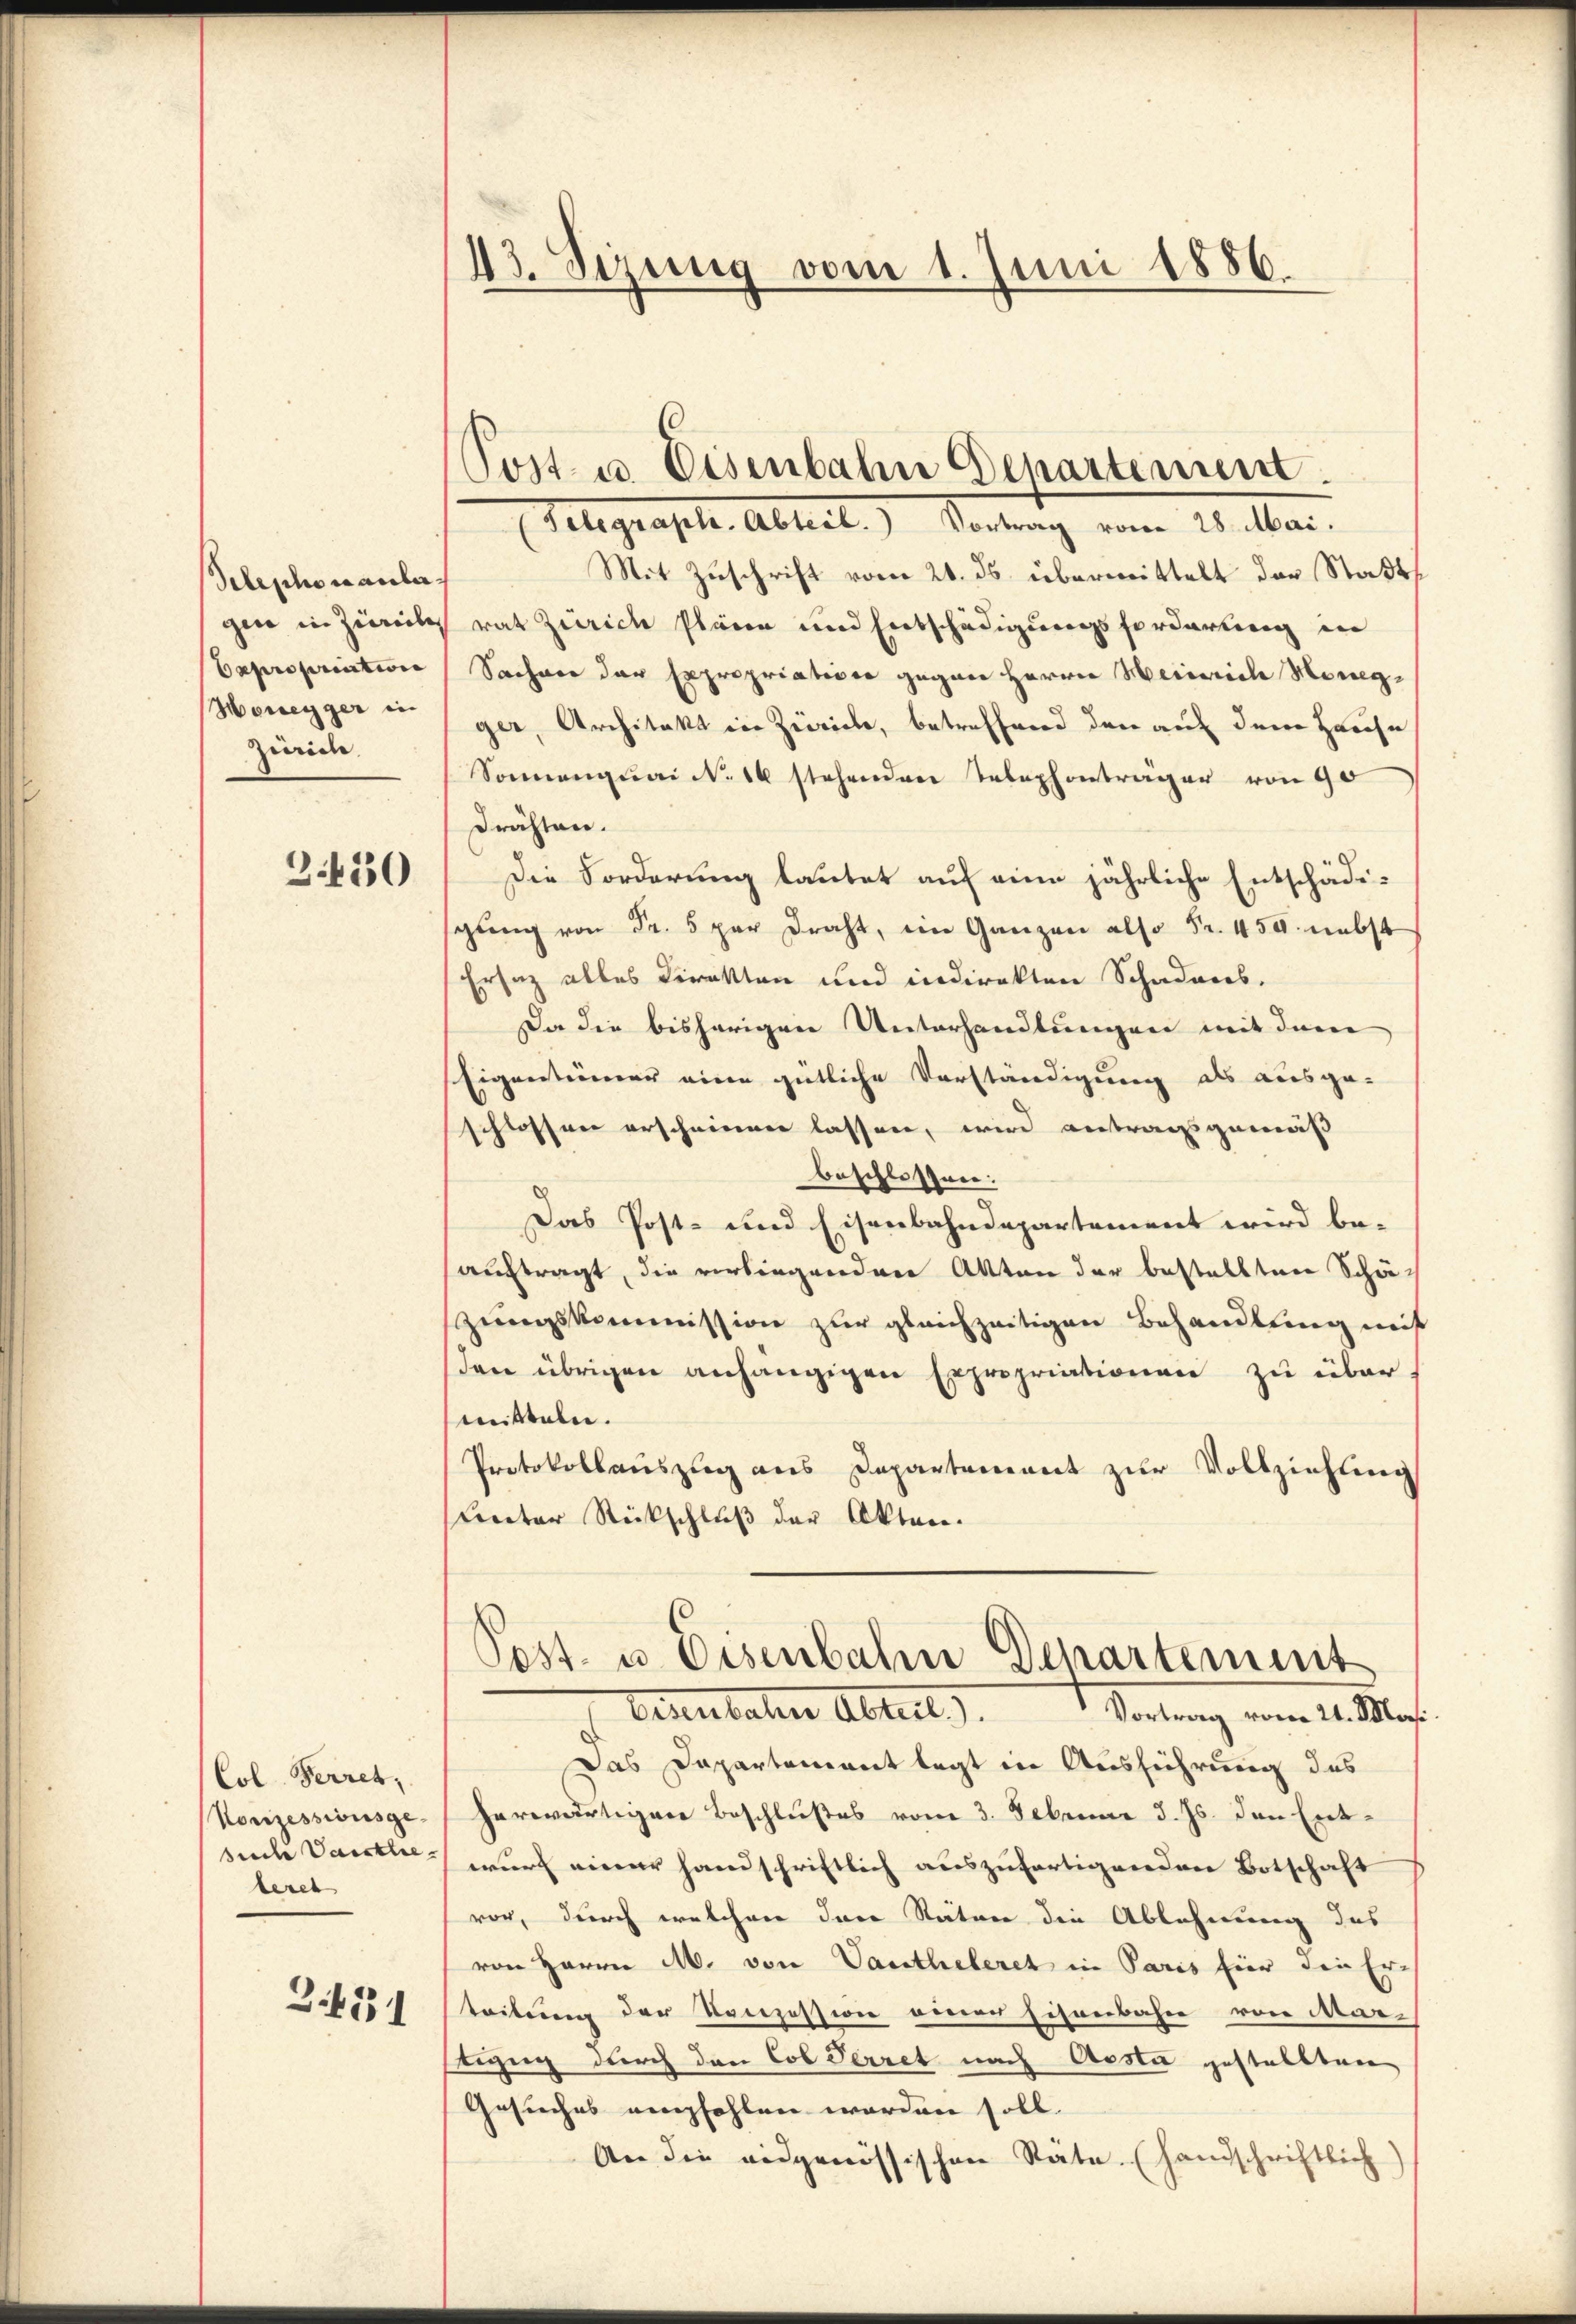
Telephon anlegen in Zureihe
Expropriation
Honegger in
Zürich.

3430

Col. Perret,
Konzessionsge
siche Vausthe
leret

.434

43. Sezung vom 1. Juni 1886.

(Telegraph. Abteil. Vortrag vom 28. Mai.
Mit Zuschrift vom 20. ds. überwittelt der Stadts
rat Zürich Plänen und Entschädigungsforderung in
Sacher der Expropriation gegen Herrn Heinrich Honegger, Architekt von Zürich, betreffend den auf dem Hause
Sonnenquai N. 16 stehenden Telephonträger von 90
drähten.
Die Forderung lautet auf eine jährliche Entschädigung von Fr. 5 per Draht, im Ganzen also Fr. 450. nebst
Ersatz alles Direkten und indirekten Schadenes,
Da die bisherigen Unterhandlungen mit dem
Eigentümer eine gütliche Vorständigung als ausge-
schlossen erschienen lassen, wird antragsgemäß
beschlossen:
Das Post- und Eisenbahndepartement wird be-
auftragt, die verbingenden Akten der bestellten Schäzungskommission zur gleichzeitigen Behandlung miß
den übrigen anhängigen Expropriationen zu über
mitteln.
Protokollauszug aus Departement zur Vollziehung
Lnter Rückschluß der Akten.
Post. u. Eisenbahn Departement
Vasenbahne Abteil). Vortrag vom 21. Mos.
Das Dapartement legt in Ausführung des
herwärtigen Beschlußes vom 3. Februar d. Js. den Entwurf einer Handschriftlich auszufertigenden Botschaft
vor, durch welchen das Stäten die Ablehnung des
von Herrn M. von Vantheleret in Paris hier die Erteitung der Konzession einer Eisenbahn von Martezug durch den Cob Perret nach Aosta gestellten
Gesuches empfohlen worden soll.
An die eidgenössischen Räte. (Handschriftlich

Post u. Eisenbahn Departement.